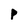
Character: P